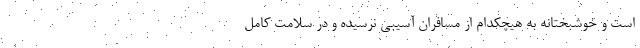
است و خوشبختانه به هیچکدام از مسافران آسیبی نرسیده و در سلامت کامل